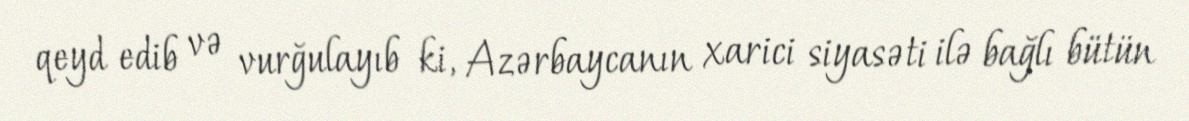
qeyd edib və vurğulayıb ki, Azərbaycanın xarici siyasəti ilə bağlı bütün